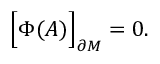
\Bigr [ \Phi ( { \cal A } ) \Bigr ] _ { \partial M } = 0 .